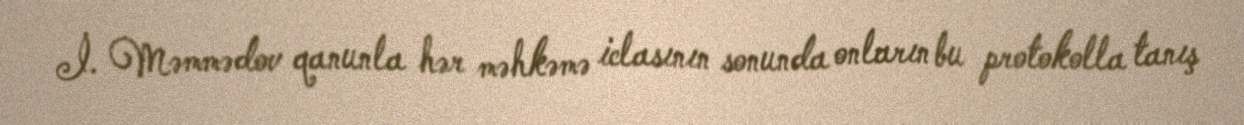
İ. Məmmədov qanunla hər məhkəmə iclasının sonunda onların bu protokolla tanış